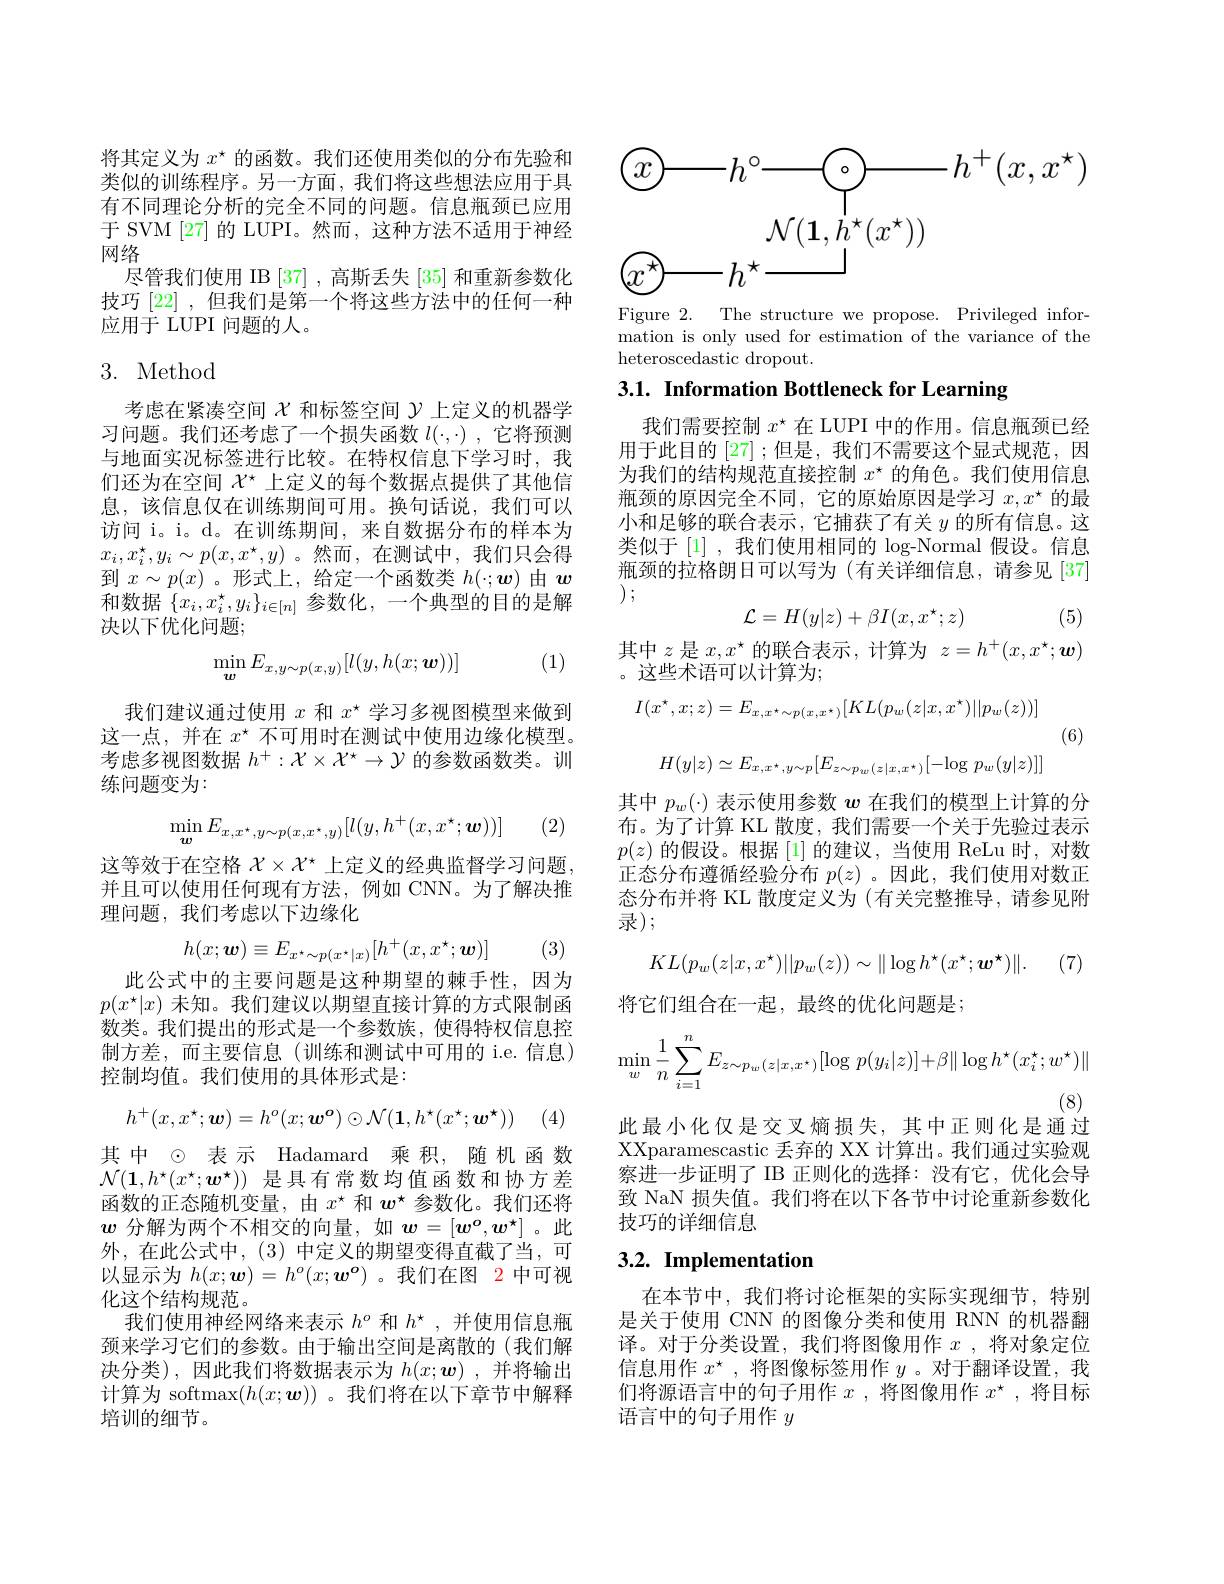
将其定义为$x^{\star}$的函数。我们还使用类似的分布先验和类似的训练程序。另一方面，我们将这些想法应用于具有不同理论分析的完全不同的问题。信息瓶颈已应用于 SVM [27] 的 LUPI。然而，这种方法不适用于神经网络
尽管我们使用 IB [37] ,高斯丢失[35]和重新参数化技巧[22] ,但我们是第一个将这些方法中的任何一种应用于 LUPI 问题的人。

## 3. Method

考虑在紧凑空间$\chi$和标签空间$\gamma$上定义的机器学习问题。我们还考虑了一个损失函数$l(\cdot,\cdot)$ ,它将预测与地面实况标签进行比较。在特权信息下学习时，我们还为在空间$\chi^\star$上定义的每个数据点提供了其他信息，该信息仅在训练期间可用。换句话说，我们可以访问 i。i。d。在训练期间，来自数据分布的样本为$x_i,x_i^\star,y_i\sim p(x,x^\star,y)$。然而，在测试中，我们只会得到$x\sim p(x)$ 。形式上，给定一个函数类$h(\cdot;\boldsymbol{w})$由$\boldsymbol{w}$ 和数据$\{x_i,x_i^\star,y_i\}_{i\in[n]}$参数化，一个典型的目的是解决以下优化问题；

(1)
$$\min_{\boldsymbol{w}}E_{x,y\sim p(x,y)}[l(y,h(x;\boldsymbol{w}))]$$
我们建议通过使用$x$和$x^\star$学习多视图模型来做到这一点，并在$x^\star$不可用时在测试中使用边缘化模型。考虑多视图数据$h^+:\mathcal{X}\times\mathcal{X}^\star\to\mathcal{Y}$的参数函数类。训练问题变为：
$$\min_{\boldsymbol{w}}E_{x,x^{\star},y\sim p(x,x^{\star},y)}[l(y,h^{+}(x,x^{\star};\boldsymbol{w}))]$$
(2)

这等效于在空格$\mathcal{X}\times\mathcal{X}^*$上定义的经典监督学习问题， 并且可以使用任何现有方法，例如 CNN。为了解决推理问题，我们考虑以下边缘化
$$h(x;\boldsymbol{w})\equiv E_{x^{\star}\sim p(x^{\star}|x)}[h^{+}(x,x^{\star};\boldsymbol{w})]$$
(3)

此公式中的主要问题是这种期望的棘手性，因为$p(x^{\star}|x)$未知。我们建议以期望直接计算的方式限制函数类。我们提出的形式是一个参数族，使得特权信息控制方差，而主要信息(训练和测试中可用的 i.e. 信息) 控制均值。我们使用的具体形式是：
$$h^+(x,x^\star;\boldsymbol{w})=h^o(x;\boldsymbol{w}^\boldsymbol{o})\odot\mathcal{N}(\boldsymbol{1},h^\star(x^\star;\boldsymbol{w}^\star))$$
其中 ◉表示 Hadamard 乘积，随机函数$\mathcal{N}(\mathbf{1},h^{\star}(x^{\star};\boldsymbol{w}^{\star}))$是具有常数均值函数和协方差函数的正态随机变量，由$x^{\star}$和$w^{\star}$参数化。我们还将$w$分解为两个不相交的向量，如$w=[w^o,w^*]$。此外，在此公式中，(3)中定义的期望变得直截了当，可以显示为$h(x;\boldsymbol{w})=h^o(x;\boldsymbol{w}^o)$ 。我们在图 2 中可视化这个结构规范。
我们使用神经网络来表示$h^o$和$h^\star$,并使用信息瓶颈来学习它们的参数。由于输出空间是离散的(我们解决分类),因此我们将数据表示为$h( x; \boldsymbol{w})$ ,并将输出计算为 softmax$(h(x;\boldsymbol{w}))$ 。我们将在以下章节中解释培训的细节。

<FigureHere>

Figure 2. The structure we propose. Privileged information is only used for estimation of the variance of the heteroscedastic dropout

3.1. Information Bottleneck for Learning

我们需要控制$x^\star$在 LUPI 中的作用。信息瓶颈已经用于此目的 [27] ;但是，我们不需要这个显式规范，因为我们的结构规范直接控制$x^\star$的角色。我们使用信息瓶颈的原因完全不同，它的原始原因是学习$x,x^\star$的最小和足够的联合表示，它捕获了有关$y$的所有信息。这类似于[1],我们使用相同的 log-Normal 假设。信息瓶颈的拉格朗日可以写为(有关详细信息，请参见[37] ) ;
$$\mathcal{L}=H(y|z)+\beta I(x,x^{\star};z)$$
(5)

其中$z$是$x,x^\star$的联合表示，计算为$z=h^+(x,x^\star;\boldsymbol{w})$
。这些术语可以计算为；
$$I(x^{\star},x;z)=E_{x,x^{\star}\sim p(x,x^{\star})}[KL(p_{w}(z|x,x^{\star})||p_{w}(z))]$$
$$H(y|z)\simeq E_{x,x^{\star},y\sim p}[E_{z\sim p_{w}(z|x,x^{\star})}[-\log\:p_{w}(y|z)]]$$
(6)

其中$p_w(\cdot)$表示使用参数$w$在我们的模型上计算的分布。为了计算 KL 散度，我们需要一个关于先验过表示$p(z)$的假设。根据 [1]的建议，当使用 ReLu 时，对数正态分布遵循经验分布$p(z)$ 。因此，我们使用对数正态分布并将 KL 散度定义为 (有关完整推导，请参见附录);

(7,
$$KL(p_w(z|x,x^\star)||p_w(z))\sim\|\log h^\star(x^\star;\boldsymbol{w}^\star)\|.$$
将它们组合在一起，最终的优化问题是；
$$\min_{w}\frac{1}{n}\sum_{i=1}^{n}E_{z\sim p_{w}(z|x,x^{\star})}[\log p(y_{i}|z)]+\beta\|\log h^{\star}(x_{i}^{\star};w^{\star})\|$$
(8)
此最小化仅是交叉熵损失，其中正则化是通过

XXparamescastic 丢弃的 XX 计算出。我们通过实验观察进一步证明了 IB 正则化的选择：没有它，优化会导致 NaN 损失值。我们将在以下各节中讨论重新参数化技巧的详细信息

## $3. 2. \textbf{ Implementation}$

在本节中，我们将讨论框架的实际实现细节，特别是关于使用 CNN 的图像分类和使用 RNN 的机器翻译。对于分类设置，我们将图像用作$x$ ,将对象定位信息用作$x^\star$ ,将图像标签用作$y$ 。对于翻译设置，我们将源语言中的句子用作$x$ ,将图像用作$x^\star$ ,将目标语言中的句子用作$y$